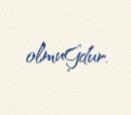
olmuĢdur.